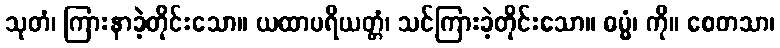
သုတံ၊ ကြားနာခဲ့တိုင်းသော။ ယထာပရိယတ္တံ၊ သင်ကြားခဲ့တိုင်းသော။ ဓမ္မံ၊ ကို။ စေတသာ၊